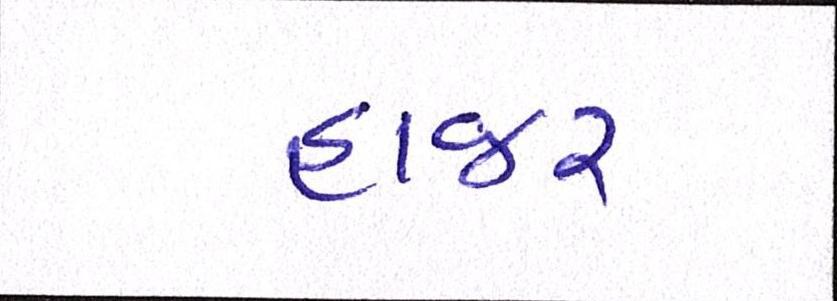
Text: હાજર